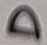
Text: D